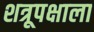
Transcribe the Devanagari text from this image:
शत्रूपक्षाला